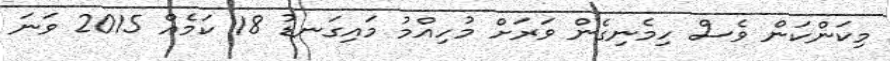
މިކަންކަން ވެސް ހިމެނިގެން ވަރަށް މުހިއްމު މައިގަނޑު 18 ކަމެއް 2015 ވަނަ